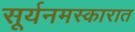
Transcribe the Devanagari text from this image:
सूर्यनमस्कारात